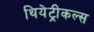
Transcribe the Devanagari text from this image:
थियेट्रीकल्स